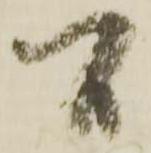
間